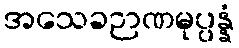
အသေခဉာဏမုပ္ပန္နံ